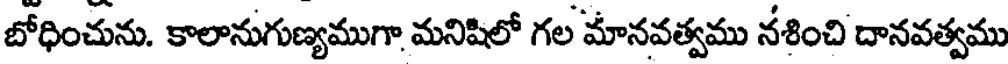
బోధించును. కాలానుగుణ్యముగా మనిషిలో గల మానవత్వము నశించి దానవత్వము